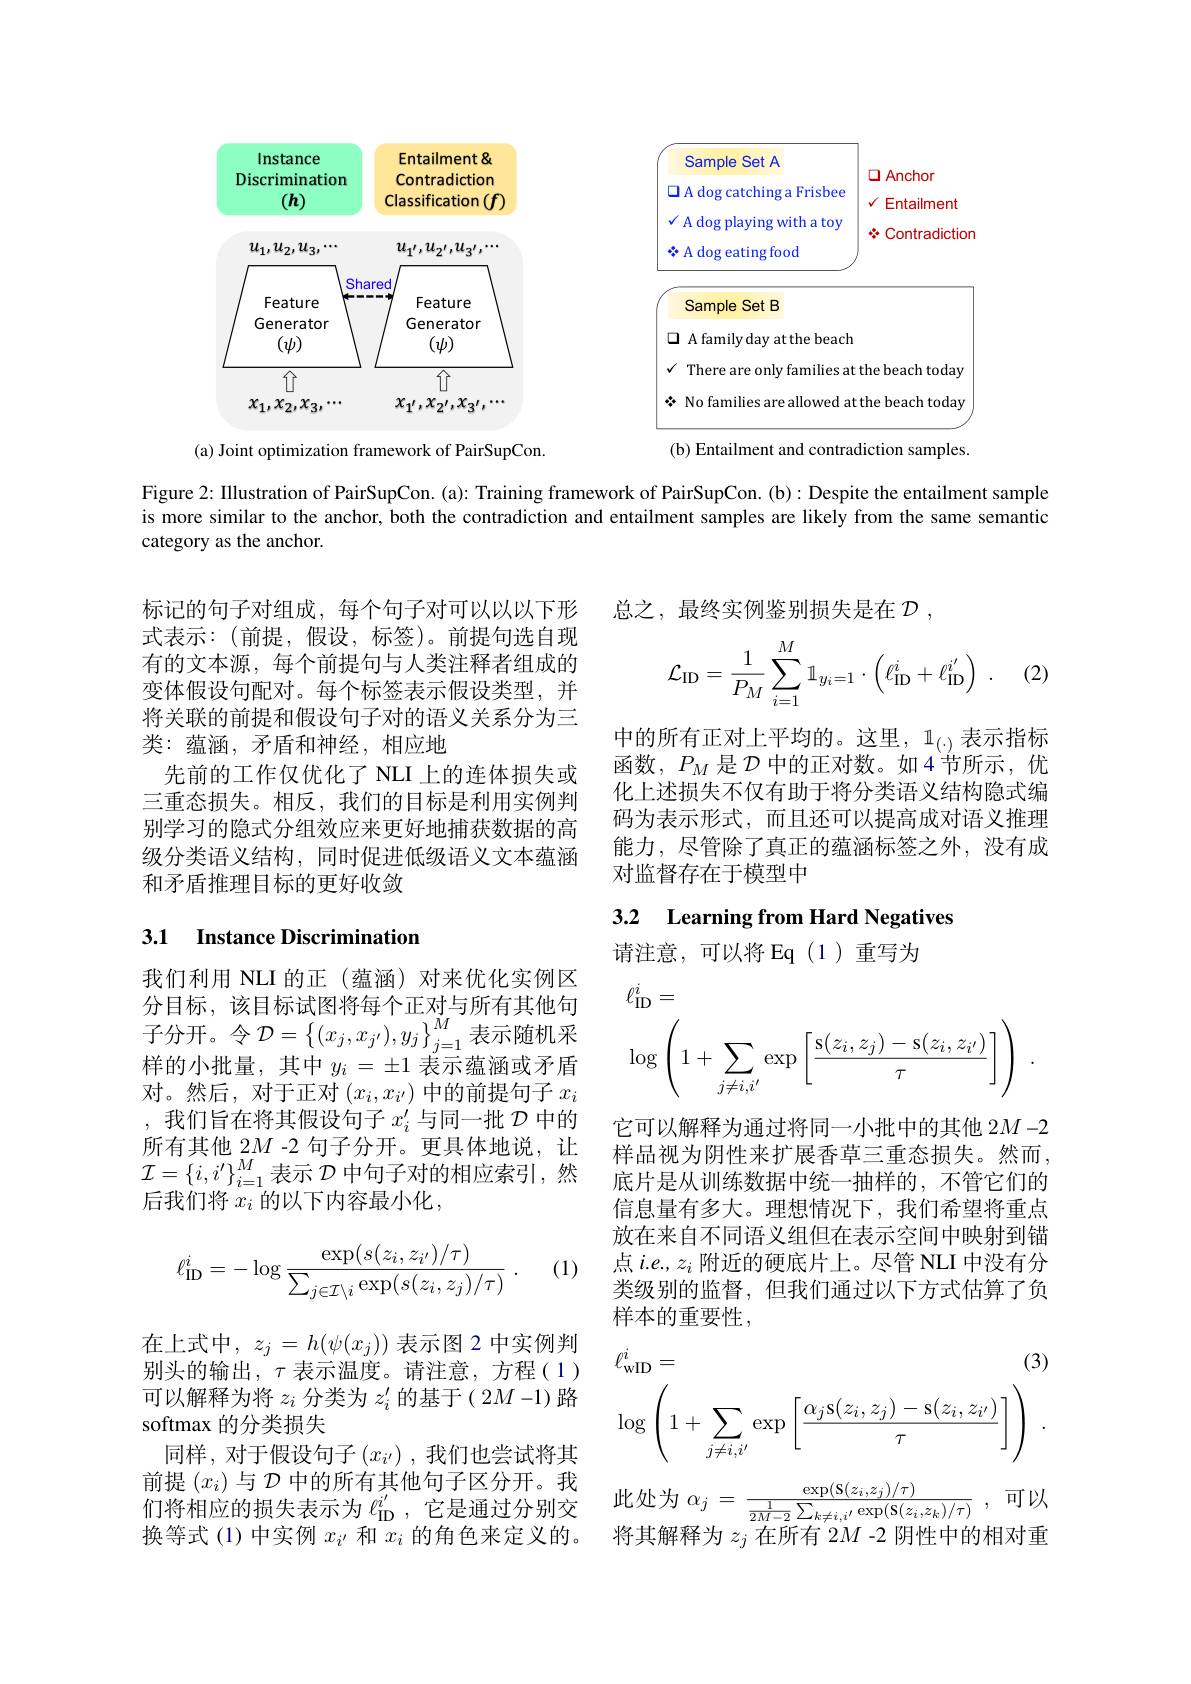
<FigureHere>

Figure 2: Illustration of PairSupCon. (a): Training framework of PairSupCon. (b): Despite the entailment sample is more similar to the anchor, both the contradiction and entailment samples are likely from the same semantic category as the anchor.

总之，最终实例鉴别损失是在$\mathcal{D}$,

(2)
$$\mathcal{L}_{\mathrm{ID}}=\dfrac{1}{P_M}\sum_{i=1}^M\mathbb{1}_{y_i=1}\cdot\left(\ell_{\mathrm{ID}}^i+\ell_{\mathrm{ID}}^{i'}\right)\:.$$
标记的句子对组成，每个句子对可以以以下形式表示：(前提，假设，标签)。前提句选自现有的文本源，每个前提句与人类注释者组成的变体假设句配对。每个标签表示假设类型，并将关联的前提和假设句子对的语义关系分为三类：蕴涵，矛盾和神经，相应地
先前的工作仅优化了 NLI 上的连体损失或三重态损失。相反，我们的目标是利用实例判别学习的隐式分组效应来更好地捕获数据的高级分类语义结构，同时促进低级语义文本蕴涵和矛盾推理目标的更好收敛

中的所有正对上平均的。这里，1_{($\cdot) 表示指标$ 函数，$P_M$是$\mathcal{D}$中的正对数。如4节所示，优化上述损失不仅有助于将分类语义结构隐式编码为表示形式，而且还可以提高成对语义推理能力，尽管除了真正的蕴涵标签之外，没有成对监督存在于模型中

3.2 Learning from Hard Negatives

### 3.1 Instance Discrimination

请注意，可以将 Eq(1)重写为
$$\begin{aligned}&\ell_{\mathrm{ID}}^{i}=\\&\log\left(1+\sum_{j\neq i,i^{\prime}}\exp\left[\frac{\mathrm{s}(z_i,z_j)-\mathrm{s}(z_i,z_{i^{\prime}})}{\tau}\right]\right)\:.\end{aligned}$$
我们利用 NLI 的正(蕴涵)对来优化实例区分目标，该目标试图将每个正对与所有其他句$\mathop{\text{子分开。令 }\mathcal{D}}=\left\{(x_{j},x_{j^{\prime}}),y_{j}\right\}_{j=1}^{M}\mathop{\text{表示随机采}}$ 样的小批量，其中$y_i=\pm1$表示蕴涵或矛盾对。然后，对于正对$(x_i,x_{i^{\prime}})$中的前提句子$x_i$ ,我们旨在将其假设句子$x_i^\prime$与同一批$\mathcal{D}$中的所有其他 2$M$ -2 句子分开。更具体地说，让$\mathcal{I}=\{i,i^{\prime}\}_{i=1}^M$表示$\mathcal{D}$中句子对的相应索引，然后我们将 $x_i$ 的以下内容最小化，

它可以解释为通过将同一小批中的其他 2$M-2$ 样品视为阴性来扩展香草三重态损失。然而， 底片是从训练数据中统一抽样的，不管它们的信息量有多大。理想情况下，我们希望将重点放在来自不同语义组但在表示空间中映射到锚点$i.e.,z_i$附近的硬底片上。尽管 NLI 中没有分类级别的监督，但我们通过以下方式估算了负样本的重要性，

(1)
$$\ell_{\mathrm{ID}}^i=-\log\frac{\exp(s(z_i,z_{i'})/\tau)}{\sum_{j\in\mathcal{I}\setminus i}\exp(s(z_i,z_j)/\tau)}\:.$$
$$\ell_{\mathrm{wID}}^i=\text{(3)}\\\log\left(1+\sum_{j\neq i,i'}\exp\left[\frac{\alpha_j\text{s}(z_i,z_j)-\text{s}(z_i,z_{i'})}{\tau}\right]\right)\:.$$
此处为$\alpha _{j}= \frac {\exp ( \mathrm{S} ( z_{i}, z_{j}) / \tau ) }{\frac 1{2M- 2}\sum _{k\neq i, i^{\prime }}\exp ( \mathrm{S} ( z_{i}, z_{k}) / \tau ) }$ ,可以

在上式中，$z_j=h(\psi(x_j))$表示图 2 中实例判别头的输出，$\tau$表示温度。请注意，方程(1) 可以解释为将$z_i$分类为$z_i^\prime$的基于( 2$M-1)$路softmax 的分类损失
同样，对于假设句子$(x_i^{\prime})$ ,我们也尝试将其前提$(x_i)$与$\mathcal{D}$中的所有其他句子区分开。我们将相应的损失表示为$\ell_\mathrm{ID}^{i^{\prime}}$ ,它是通过分别交换等式 (1) 中实例$x_i^{\prime}$和$x_i$的角色来定义的。

将其解释为$z_{j}$在所有 2$M$ -2 阴性中的相对重